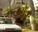
ઓઝ